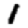
Digit: 1